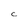
Character: C